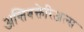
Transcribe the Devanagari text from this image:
अन्तिबक्तेरिअल्स